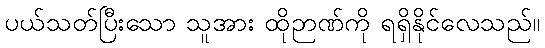
ပယ်သတ်ပြီးသော သူအား ထိုဉာဏ်ကို ရရှိနိုင်လေသည်။